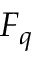
F _ { q }